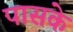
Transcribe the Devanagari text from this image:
पासके